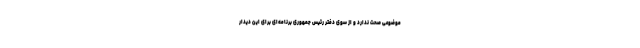
موضوعی صحت ندارد و از سوی دفتر رئیس جمهوری برنامه‌ای برای این دیدار